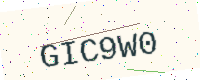
Text: GIC9W0